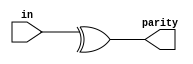
module top_module (
    input [7:0] in,
    output parity); 
	assign parity = ^ in;
endmodule


// A Bit of Practice
// Parity checking is often used as a simple
//  method of detecting errors
//   when transmitting data through 
//   an imperfect channel. 
//   Create a circuit that will compute a parity bit 
//   for a 8-bit byte 
//   (which will add a 9th bit to the byte). 
//   We will use "even" parity, where the 
//   parity bit is just the XOR of all 8 data bits.